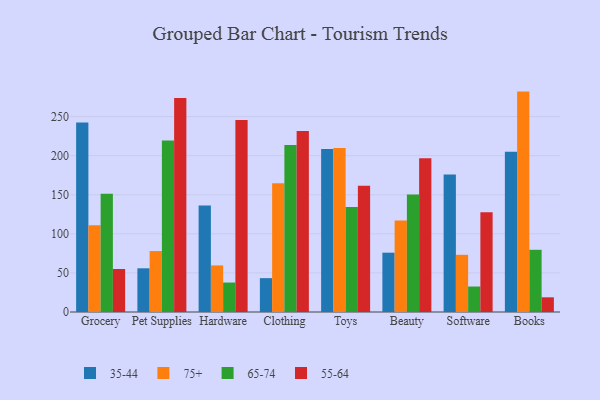
{"axis": {"x": "Category", "y": "Waste Production (Tons)"}, "legend": ["35-44", "55-64", "65-74", "75+"], "data": [{"x": "Grocery", "y": 242.5, "type": "35-44"}, {"x": "Grocery", "y": 111.0, "type": "75+"}, {"x": "Grocery", "y": 151.2, "type": "65-74"}, {"x": "Grocery", "y": 55.0, "type": "55-64"}, {"x": "Pet Supplies", "y": 55.9, "type": "35-44"}, {"x": "Pet Supplies", "y": 78.0, "type": "75+"}, {"x": "Pet Supplies", "y": 219.5, "type": "65-74"}, {"x": "Pet Supplies", "y": 273.9, "type": "55-64"}, {"x": "Hardware", "y": 136.3, "type": "35-44"}, {"x": "Hardware", "y": 59.6, "type": "75+"}, {"x": "Hardware", "y": 37.7, "type": "65-74"}, {"x": "Hardware", "y": 245.8, "type": "55-64"}, {"x": "Clothing", "y": 43.3, "type": "35-44"}, {"x": "Clothing", "y": 164.7, "type": "75+"}, {"x": "Clothing", "y": 213.6, "type": "65-74"}, {"x": "Clothing", "y": 231.6, "type": "55-64"}, {"x": "Toys", "y": 208.7, "type": "35-44"}, {"x": "Toys", "y": 209.7, "type": "75+"}, {"x": "Toys", "y": 134.3, "type": "65-74"}, {"x": "Toys", "y": 161.5, "type": "55-64"}, {"x": "Beauty", "y": 75.9, "type": "35-44"}, {"x": "Beauty", "y": 117.1, "type": "75+"}, {"x": "Beauty", "y": 150.2, "type": "65-74"}, {"x": "Beauty", "y": 196.7, "type": "55-64"}, {"x": "Software", "y": 175.8, "type": "35-44"}, {"x": "Software", "y": 73.2, "type": "75+"}, {"x": "Software", "y": 32.6, "type": "65-74"}, {"x": "Software", "y": 127.5, "type": "55-64"}, {"x": "Books", "y": 205.0, "type": "35-44"}, {"x": "Books", "y": 282.0, "type": "75+"}, {"x": "Books", "y": 79.6, "type": "65-74"}, {"x": "Books", "y": 18.8, "type": "55-64"}]}